Subject: eess
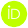
LaTeX code:
    \begin{tikzpicture}
    \draw[lime, fill=lime] (0,0)
    circle [radius=0.16]
    node[white] {{\fontfamily{qag}\selectfont \tiny ID}};    \draw[white, fill=white] (-0.0625,0.095)
    circle [radius=0.007];    \end{tikzpicture}